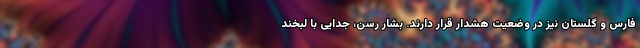
فارس و گلستان نیز در وضعیت هشدار قرار دارند. بشار رسن، جدایی با لبخند